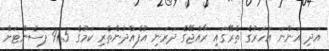
އަދި އަންނަ އަހަރުގެ ތެރޭގައި ރާއްޖޭގެ ދަރަނި އުފެއްދުންތެރި ކަމުގެ 91.5 ޕަސެންޓަށް